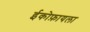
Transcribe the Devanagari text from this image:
ईकोफ़ायला